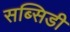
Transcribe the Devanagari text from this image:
सब्‍सिडी